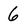
Character: 6